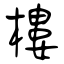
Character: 樓